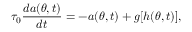
\tau _ { 0 } \frac { d a ( \theta , t ) } { d t } = - a ( \theta , t ) + g [ h ( \theta , t ) ] ,